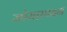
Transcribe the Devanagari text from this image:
जोसफ़ाइन